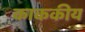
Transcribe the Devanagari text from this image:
काककीय